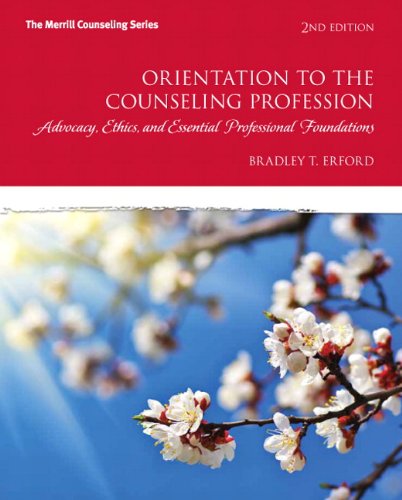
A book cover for Orientation to the Counseling Profession: Advocacy, Ethics, and Essential Professional Foundations (2nd Edition) (Merrill Counseling); Bradley T. Erford; Education & Teaching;